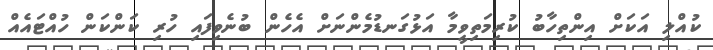
ކުއްލި އަކަށް އިންތިހާބު ކުރިމަތިވީމާ އަޅުގަނޑުމެންނަށް އެހެން ބުނެވިފައި ހުރި ކަންކަން ހުއްޓައެއް